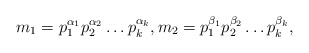
\begin{align*}m_1=p_1^{\alpha_1}p_2^{\alpha_2}\dots p_k^{\alpha_k},m_2=p_1^{\beta_1}p_2^{\beta_2}\dots p_k^{\beta_k},\end{align*}